Physiological action of certain drugs in tablet form - Number 52A
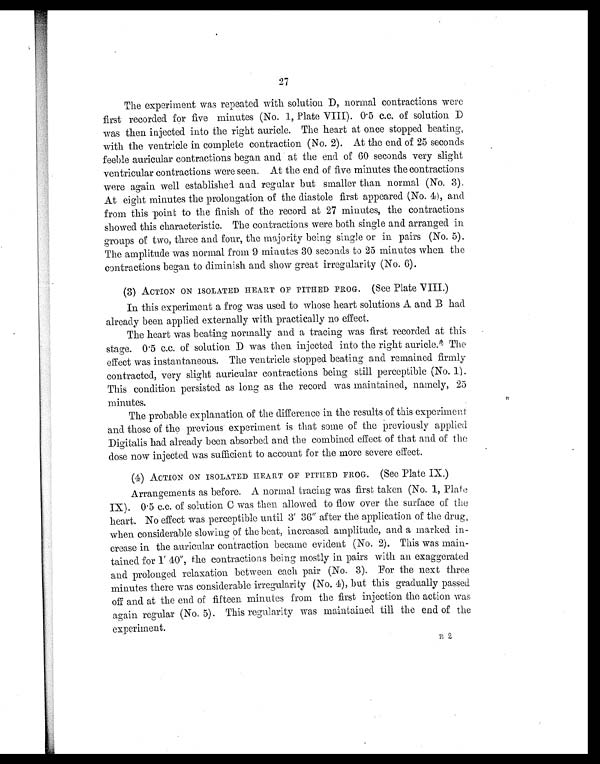
27
The experiment was repeated with solution D, normal contractions were
first recorded for five minutes (No. 1, Plate VIII). 0.5 c.c. of solution. D
was then injected into the right auricle. The heart at once stopped beating,
with the ventricle in complete contraction (No. 2). At the end of 25 seconds
feeble auricular contractions began and at the end of 60 seconds very slight
ventricular contractions were seen. At the end of five minutes the contractions
were again well established and regular but smaller than normal (No. 3).
At eight minutes the prolongation of the diastole first appeared (No. 4), and
from this point to the finish of the record at 27 minutes, the contractions
showed this characteristic. The contractions were both single and arranged in
groups of two, three and four, the majority being single or in pairs (No. 5).
The amplitude was normal from 9 minutes 30 seconds to 25 minutes when the
contractions began to diminish and show great irregularity (No. 6).
(3) ACTION ON ISOLATED HEART OF PITHED FROG. (See Plate VIII.)
In this experiment a frog was used to whose heart solutions A and B had
already been applied externally with practically no effect.
The heart was beating normally and a tracing was first recorded at this
stage. 0.5 c.c. of solution D was then injected into the right auricle. The
effect was instantaneous. The ventricle stopped beating and remained firmly
contracted, very slight auricular contractions being still perceptible (No. 1) .
This condition persisted as long as the record was maintained, namely, 25
minutes.
The probable explanation of the difference in the results of this experiment
and those of the previous experiment is that some of the previously applied
Digitalis had already been absorbed and the combined effect of that and of the
dose now injected was sufficient to account for the more severe effect.
(4) ACTION ON ISOLATED HEART OF PITHED FROG. (See Plate IX.)
Arrangements as before. A normal tracing was first taken (No. 1, Plate
IX). 0.5 c.c. of solution C was then allowed to flow over the surface of the
heart. No effect was perceptible until 3' 36" after the application of the drug,
when considerable slowing of the beat, increased amplitude, and a marked in
-crease in the auricular contraction became evident (No. 2). This was main
-tained for 1' 40", the contractions being mostly in pairs with an exaggerated
and prolonged relaxation between each pair (No. 3). For the next three
minutes there was considerable irregularity (No. 4), but this gradually passed
off and at the end of fifteen minutes from the first injection the action was,
again regular (No. 5). This regularity was maintained till the end of the
experiment.